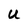
Character: U